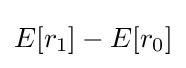
E[r_{1}]-E[r_{0}]